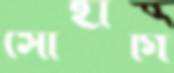
সোহাগি